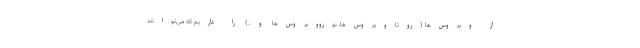
از ویروس‌ها (روتاویروس‌ها، نوروویروس‌ها و...) را داریم که می‌توانند